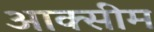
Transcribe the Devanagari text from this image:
आक्सीम